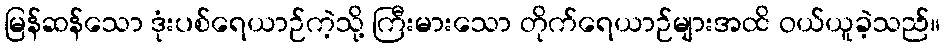
မြန်ဆန်သော ဒုံးပစ်ရေယာဉ်ကဲ့သို့ ကြီးမားသော တိုက်ရေယာဉ်များအထိ ဝယ်ယူခဲ့သည်။